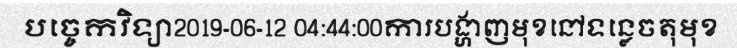
បច្ចេកវិទ្យា2019-06-12 04:44:00ការបង្ហាញមុខនៅទន្លេចតុមុខ